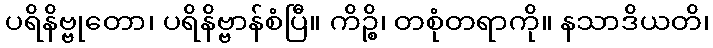
ပရိနိဗ္ဗုတော၊ ပရိနိဗ္ဗာန်စံပြီ။ ကိဉ္စိ၊ တစုံတရာကို။ နသာဒိယတိ၊